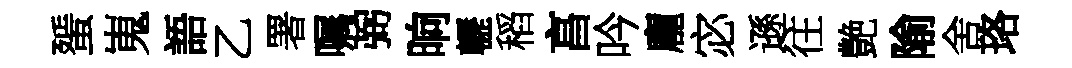
蜑嵬語乙署嘱弼晌轣稻亯吟龐宓遜往艶隃舍珞